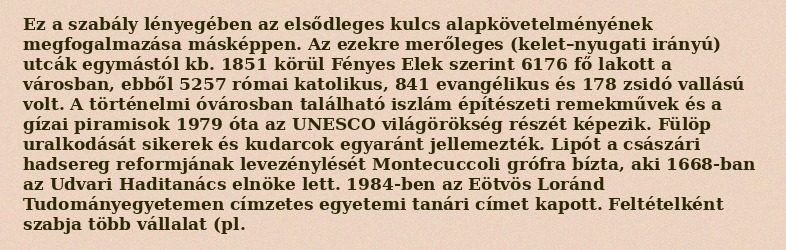
Ez a szabály lényegében az elsődleges kulcs alapkövetelményének megfogalmazása másképpen. Az ezekre merőleges (kelet–nyugati irányú) utcák egymástól kb. 1851 körül Fényes Elek szerint 6176 fő lakott a városban, ebből 5257 római katolikus, 841 evangélikus és 178 zsidó vallású volt. A történelmi óvárosban található iszlám építészeti remekművek és a gízai piramisok 1979 óta az UNESCO világörökség részét képezik. Fülöp uralkodását sikerek és kudarcok egyaránt jellemezték. Lipót a császári hadsereg reformjának levezénylését Montecuccoli grófra bízta, aki 1668-ban az Udvari Haditanács elnöke lett. 1984-ben az Eötvös Loránd Tudományegyetemen címzetes egyetemi tanári címet kapott. Feltételként szabja több vállalat (pl.